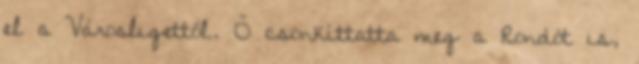
el a Városligettől. Ő csonkíttatta meg a Rondót is,